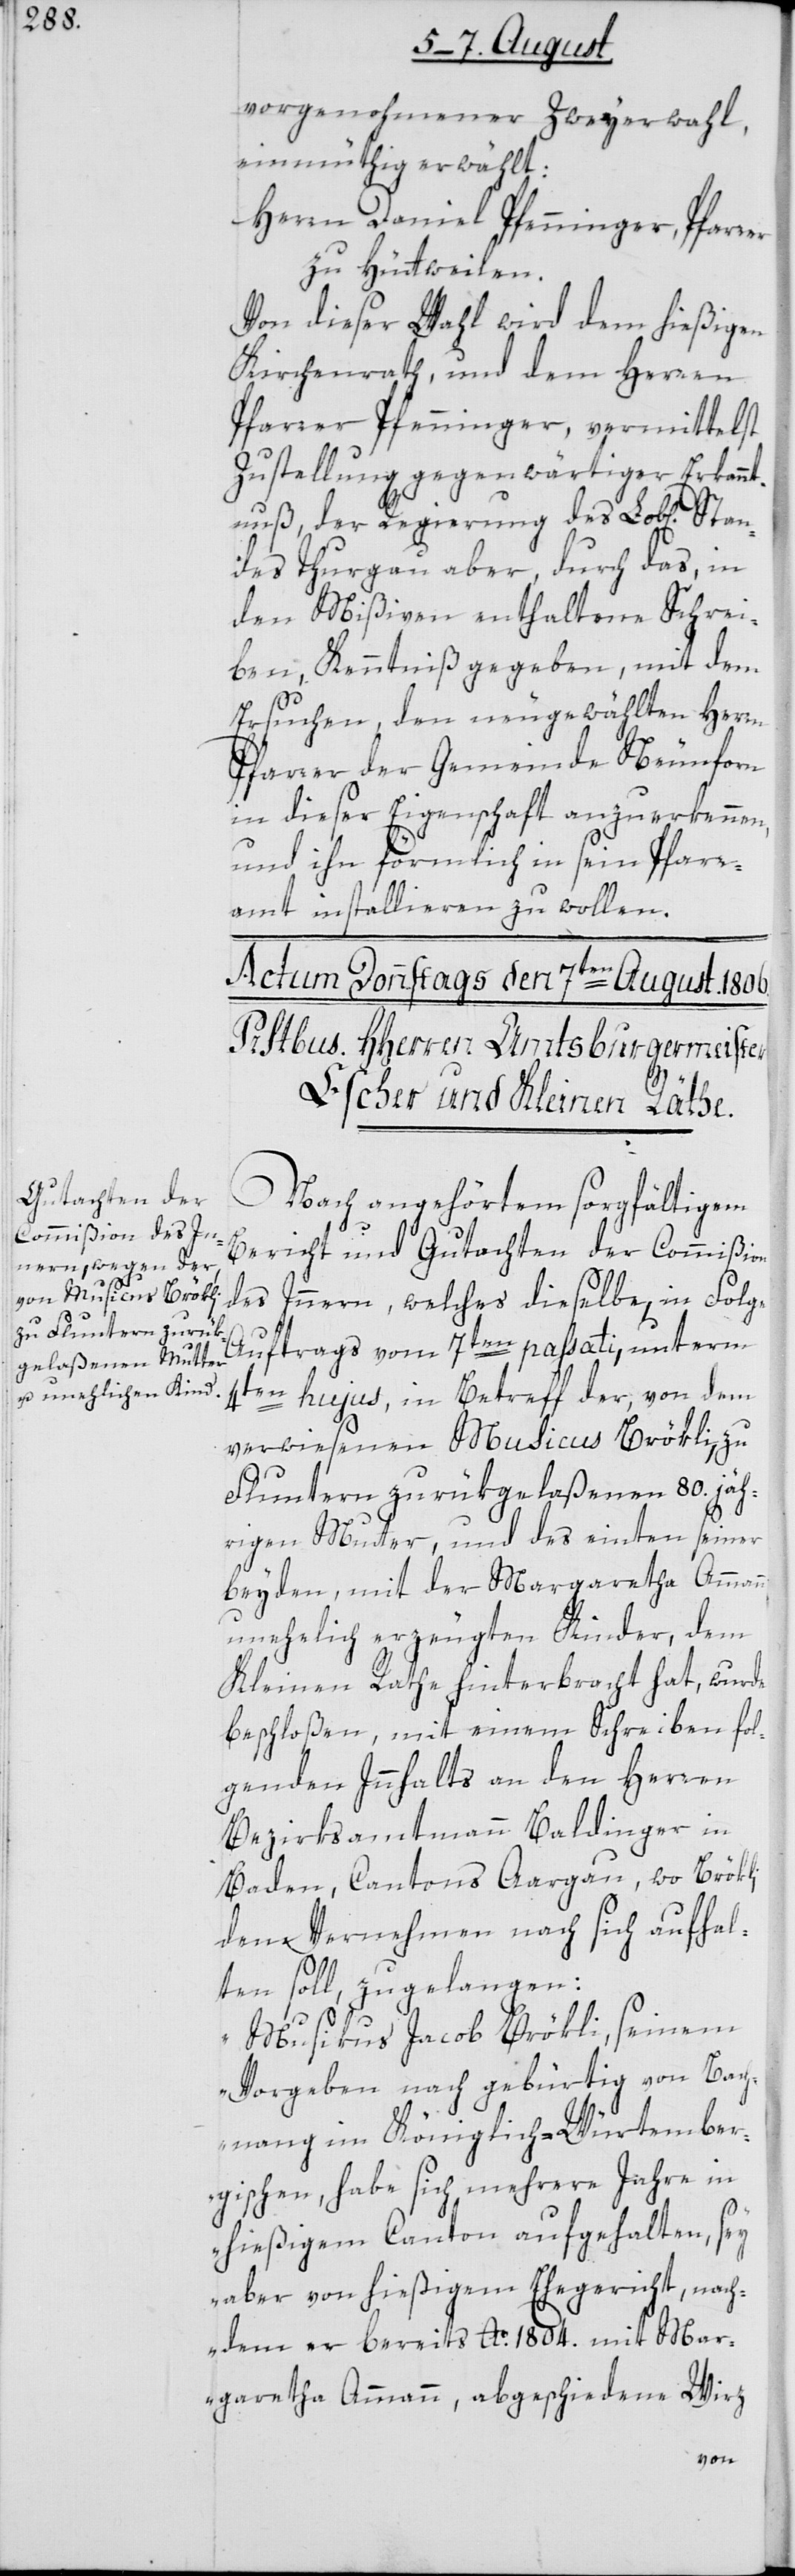
vorgenohmener Zweyerwahl,
einmüthig erwählt:
Herr Daniel Pfenninger, Pfarrer
zu Hüttweilen.
Von dieser Wahl wird dem hießigen
Kirchenrath, und dem Herren
Pfarrer Pfenninger, vermittelst
Zustellung gegenwärtiger Erkannt¬
nuß, der Regierung des Lob[lichen]
ndes Thurgau aber, durch das, in
den Mißiven enthaltene Schrei¬
ben, Kenntniß gegeben, mit dem
Ersuchen, den neugewählten Herrn
Pfarrer der Gemeinde Neunforn
in dieser Eigenschaft anzuerkennen,
und ihn förmlich in sein Pfarr¬
amt installieren zu wollen.
Nach angehörtem sorgfältigen
Bericht und Gutachten der Commißion
des Innern, welches dieselbe, in Folge
Auftrags vom 7ten passati, unterm
4ten hujus in Betreff der, von dem
verwiesenen Musicus Brökli, zu
Fluntern, zurükgelaßenen 80. jäh¬
rigen Mutter, und des einten seiner
beyden, mit der Margaretha Ammann
unehelich erzeugten Kinder, dem
Kleinen Rathe hinterbracht hat, wurde
beschloßen, mit einem Schreiben fol¬
genden Innhalts an den Herren
Bezirksamtmann Baldinger in
Baden, Cantons Aargau, wo Brökli
dem Vernehmen nach sich aufhal¬
Sta¬
ten soll, zu gelangen:
„Musikus Jacob Brökli, seinem
Vorgeben nach gebürtig von Bach¬
nang im Königlich-Württember¬
gischen, habe sich mehrere Jahre in
hießigem Canton aufgehalten, sey
aber von hießigem Ehegericht, nach¬
dem er bereits Ao. 1804. mit Ma¬
rgaretha Ammann, abgeschiedene Wirz